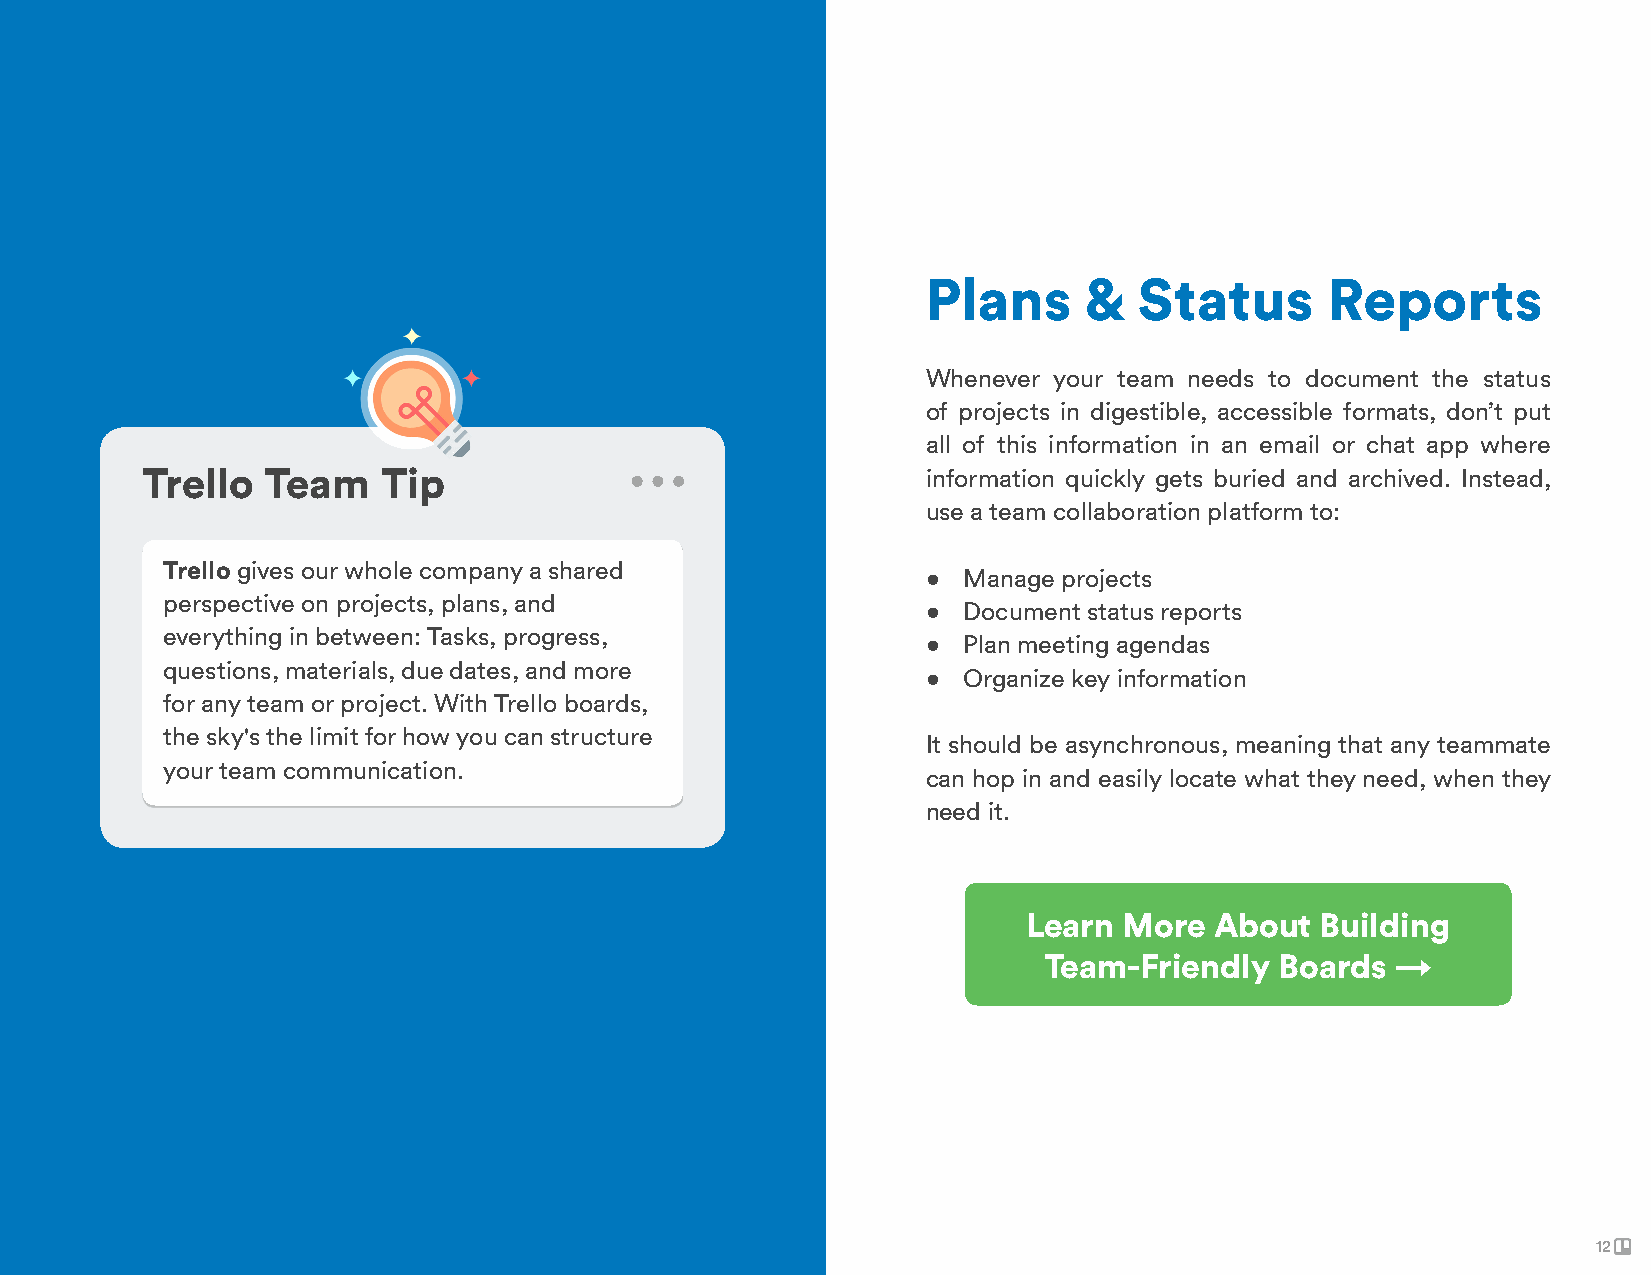
Plans      &  Status       Reports
 Whenever your team needs to document the status
 of projects in digestible, accessible formats, don’t put
 all of this information in an email or chat app where
 Trello  Team    Tip                                 information quickly gets buried and archived. Instead,
 use a team collaboration platform to:
 Trello gives our whole company a shared
 •  Manage projects
 perspective on projects, plans, and
 •  Document status reports
 everything in between: Tasks, progress,
 •  Plan meeting agendas
 questions, materials, due dates, and more
 •  Organize key information
 for any team or project. With Trello boards,
 the sky's the limit for how you can structure
 It should be asynchronous, meaning that any teammate
 your team communication.
 can hop in and easily locate what they need, when they
 need it.
 Learn More  About  Building
 Team-Friendly   Boards →
 12
 12